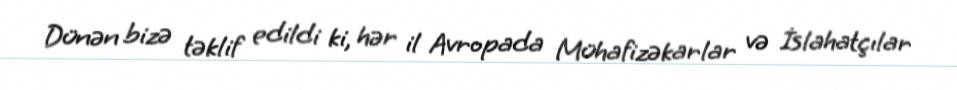
Dünən bizə təklif edildi ki, hər il Avropada Mühafizəkarlar və İslahatçılar